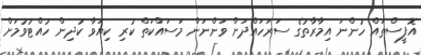
އޮފީސްތައް ހުންނަ އިމާރާތުގެ ސަރަހައްދަށް ވަންނަން މަސައްކަތް ކުރި ކިޔަވާ ކުދިން ހުއްޓުވުމަށް